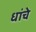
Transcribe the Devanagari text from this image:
धांचे